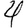
Digit: 4